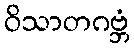
ဝိသာတဂဗ္ဘံ